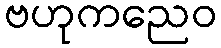
ဗဟုကညေဝ